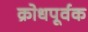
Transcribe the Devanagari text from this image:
क्रोधपूर्वक